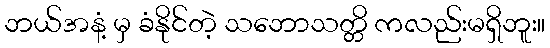
ဘယ်အနံ့ မှ ခံနိုင်တဲ့ သဘောသတ္တိ ကလည်းမရှိဘူး။